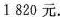
1820元.